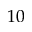
1 0